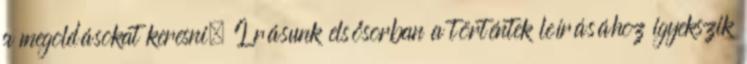
a megoldásokat keresni. Írásunk elsősorban a történtek leírásához igyekszik